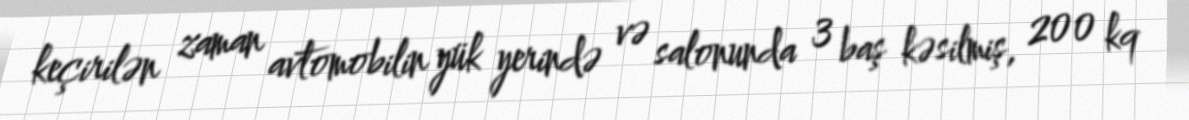
keçirilən zaman avtomobilin yük yerində və salonunda 3 baş kəsilmiş, 200 kq